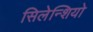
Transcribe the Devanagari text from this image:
सिलेन्शियो